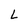
Character: L